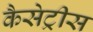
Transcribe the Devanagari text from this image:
कैसेट्रीस